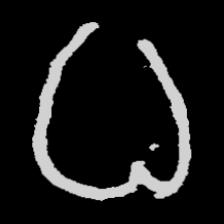
Pyu character \u2014 Myanmar letter: ဓ (romanized: dha)